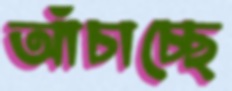
আঁচাচ্ছে